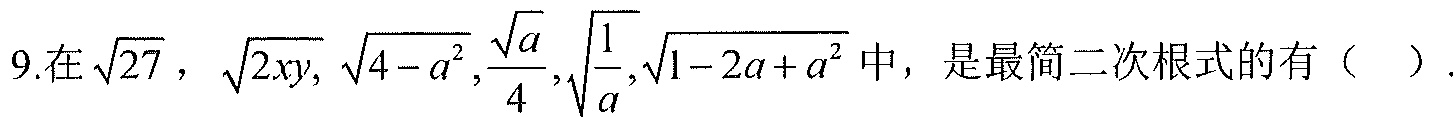
9.在\(\sqrt{27}\)，\(\sqrt{2xy}\)，\(\sqrt{4 - a^{2}}\)，\(\frac{\sqrt{a}}{4}\)，\(\sqrt{\frac{1}{a}}\)，\(\sqrt{1 - 2a + a^{2}}\)中，是最简二次根式的有（  ）.